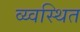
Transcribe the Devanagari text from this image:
व्य्वस्थित